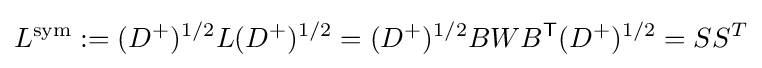
L^{\text{sym}}:=(D^{+})^{1/2}L(D^{+})^{1/2}=(D^{+})^{1/2}BWB^{\textsf {T}}(D^{+})^{1/2}=SS^{T}